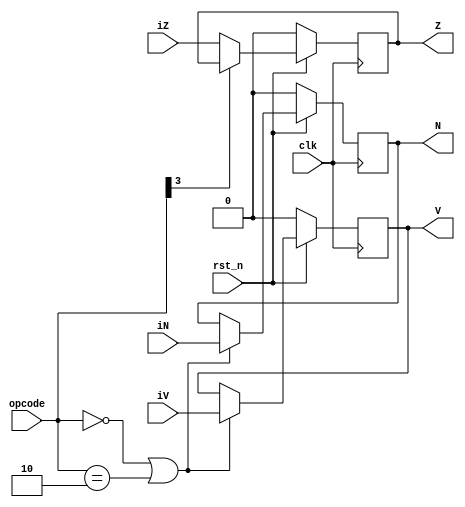
module flag_register(input clk,rst_n ,input iZ,iN,iV , input [3:0] opcode , output reg N,Z,V);

	always@(posedge clk) begin
		if(~rst_n)
			{N,Z,V} <= 0;
		else begin
			if(opcode == 4'b0000 || opcode == 4'b0010)
				{V,N} <= {iV,iN};
			if(opcode[3] == 0)
				{Z} <= {iZ};
		end
	end


endmodule